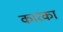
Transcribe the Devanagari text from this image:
कारका